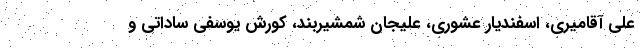
علی آقامیری، اسفندیار عشوری، علیجان شمشیربند، کورش یوسفی ساداتی و